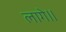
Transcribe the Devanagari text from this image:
लागे॥